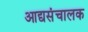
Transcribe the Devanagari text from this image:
आद्यसंचालक